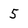
Character: 5